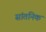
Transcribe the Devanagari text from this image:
सांतनिक